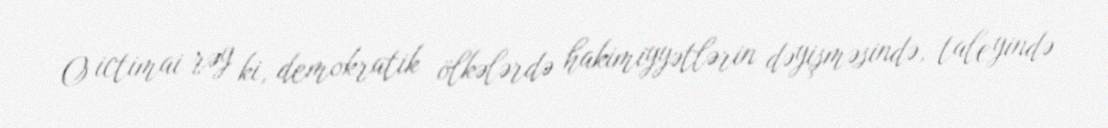
O ictimai rəy ki, demokratik ölkələrdə hakimiyyətlərin dəyişməsində, taleyində